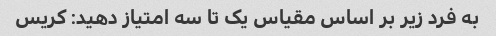
به فرد زیر بر اساس مقیاس یک تا سه امتیاز دهید: کریس